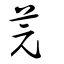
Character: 芫